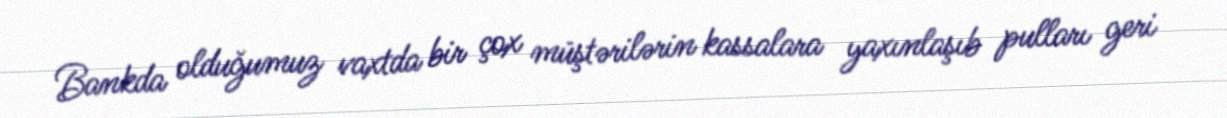
Bankda olduğumuz vaxtda bir çox müştərilərin kassalara yaxınlaşıb pulları geri